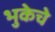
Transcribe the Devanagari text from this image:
भुकेचे